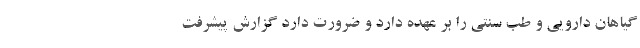
گیاهان دارویی و طب سنتی را بر عهده دارد و ضرورت دارد گزارش پیشرفت